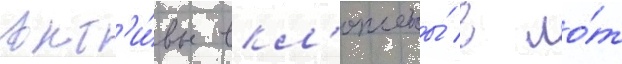
Акт'и́вы вкл'ючены́ в ло́т